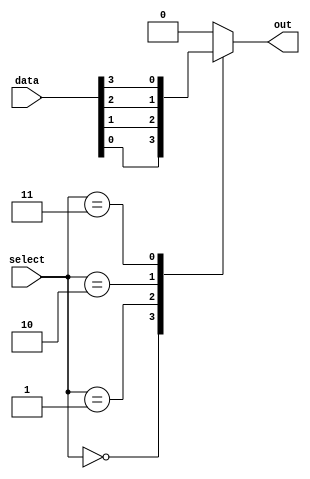
module mux(
    input [31:0] data,
    input [4:0] select,
    output reg out
);

always @(select)
begin
    case(select)
        5'b00000: out = data[0];
        5'b00001: out = data[1];
        5'b00010: out = data[2];
        5'b00011: out = data[3];
        // Continue cases for input pins data[4] to data[31]
        default: out = 0;
    endcase
end

endmodule